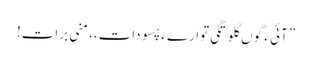
” آئی ءَ گوں گلوتگی توارے ءَ پسو دات،، منی برات!